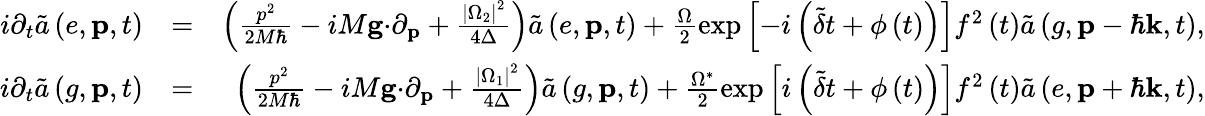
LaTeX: \begin{array}{rlr}{i\partial_{t}\tilde{a}\left(e,\mathbf{p},t\right)}&{=}&{\left(\frac{p^{2}}{2M\hbar}-iM\mathbf{g\cdot}\partial_{\mathbf{p}}+\frac{\left\vert\Omega_{2}\right\vert^{2}}{4\Delta}\right)\tilde{a}\left(e,\mathbf{p},t\right)+\frac{\Omega}{2}\exp\left[-i\left(\tilde{\delta}t+\phi\left(t\right)\right)\right]f^{2}\left(t\right)\tilde{a}\left(g,\mathbf{p}-\hbar\mathbf{k},t\right),}\\ {i\partial_{t}\tilde{a}\left(g,\mathbf{p},t\right)}&{=}&{\left(\frac{p^{2}}{2M\hbar}-iM\mathbf{g\cdot}\partial_{\mathbf{p}}+\frac{\left\vert\Omega_{1}\right\vert^{2}}{4\Delta}\right)\tilde{a}\left(g,\mathbf{p},t\right)+\frac{\Omega^{\ast}}{2}\exp\left[i\left(\tilde{\delta}t+\phi\left(t\right)\right)\right]f^{2}\left(t\right)\tilde{a}\left(e,\mathbf{p}+\hbar\mathbf{k},t\right),}\end{array}